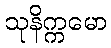
သုနိက္ကမော